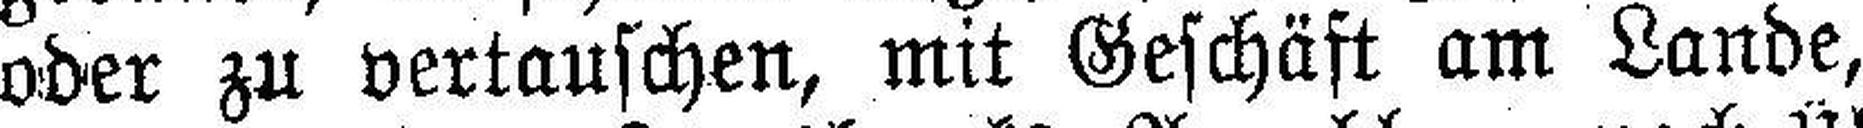
oder zu vertauschen, mit Geschäft am Lande,